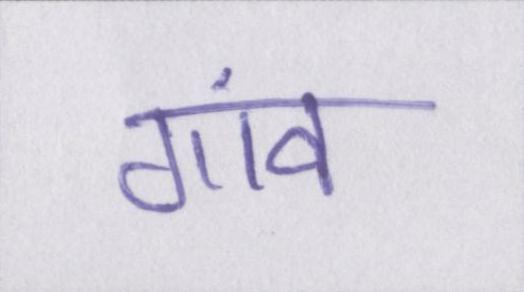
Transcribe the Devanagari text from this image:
गांव